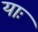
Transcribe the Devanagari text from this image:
याः